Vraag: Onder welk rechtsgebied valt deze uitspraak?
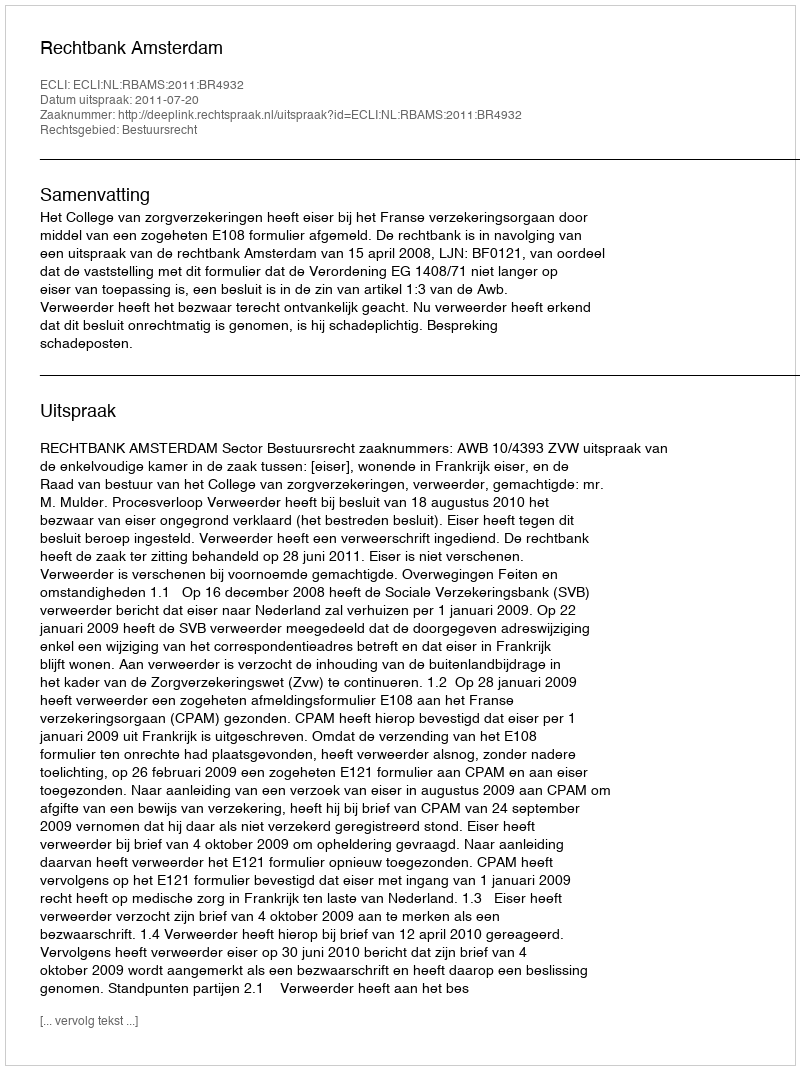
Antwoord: Bestuursrecht